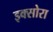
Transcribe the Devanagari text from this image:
इक्सोरा